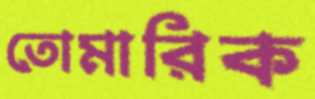
তোমারিক